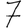
Digit: 7